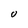
Character: v